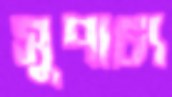
সুপাচ্য